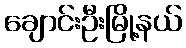
ချောင်းဦးမြို့နယ်